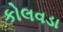
કોલવડા